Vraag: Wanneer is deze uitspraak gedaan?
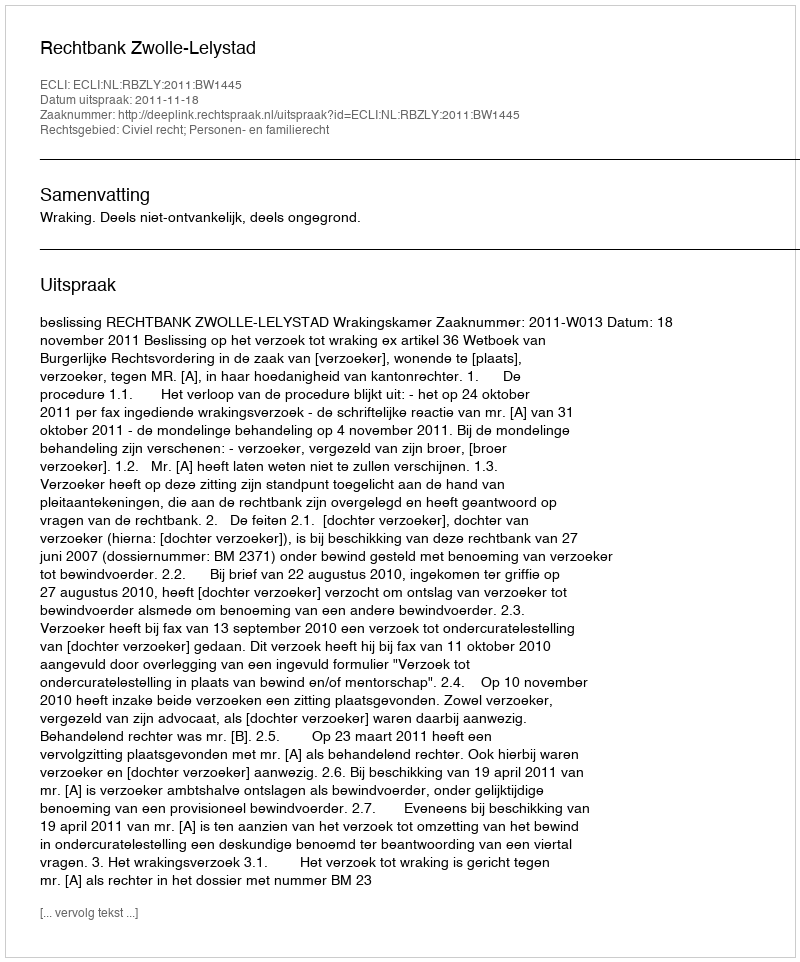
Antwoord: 2011-11-18